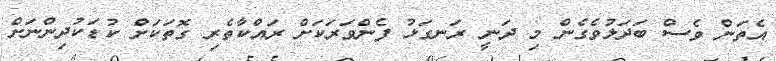
އެތަން ވެސް ބަދަލުވެގެން މި ދަނީ ރަނގަޅު ފެންވަރަކަށް ރައްކާތެރި ގޮތަކަށް ކުޑަކުދިންނަށް